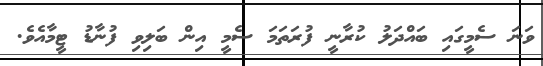
ވަނަ ސެމީގައި ބައްދަލު ކުރާނީ ފުރަތަމަ ސެމީ އިން ބަލިވި ފުނާޑު ޓީމާއެވެ.